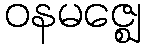
ဝနမဇ္ဈေ